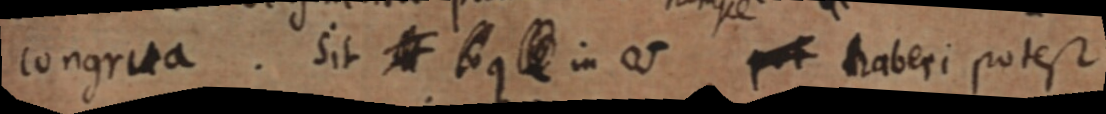
congrua. Sit _ q _ in V _ haberi potest